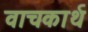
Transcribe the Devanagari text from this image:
वाचकार्थ